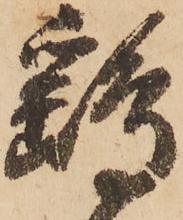
鷂